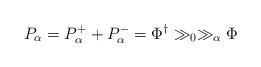
LaTeX: \begin{align*}P_\alpha = P_\alpha^+ + P_\alpha^- = \Phi^\dagger \gg_0 \gg_{\alpha} \Phi \end{align*}